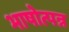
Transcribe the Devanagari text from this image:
भाषोत्पन्न